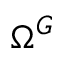
\Omega ^ { G }